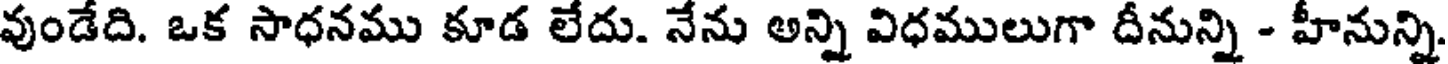
వుండేది. ఒక సాధనము కూడ లేదు. నేను అన్ని విధములుగా దీనున్ని - హీనున్ని